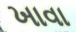
ખાવા